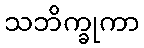
သဘိက္ခုကာ